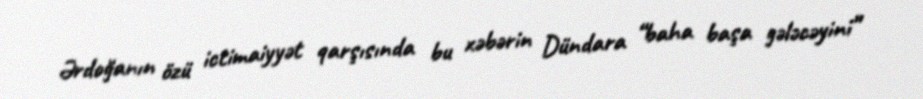
Ərdoğanın özü ictimaiyyət qarşısında bu xəbərin Dündara “baha başa gələcəyini”